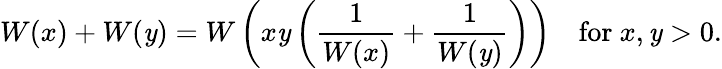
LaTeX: W(x)+W(\mathit{y})=W\left(x\mathit{y}\left({\frac{{1}}{{W(x)}}}+{\frac{{1}}{{W(\mathit{y})}}}\right)\right)\quad{\mathrm{{for~}}}x,\mathit{y}>0.